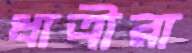
ধাত্রীরা